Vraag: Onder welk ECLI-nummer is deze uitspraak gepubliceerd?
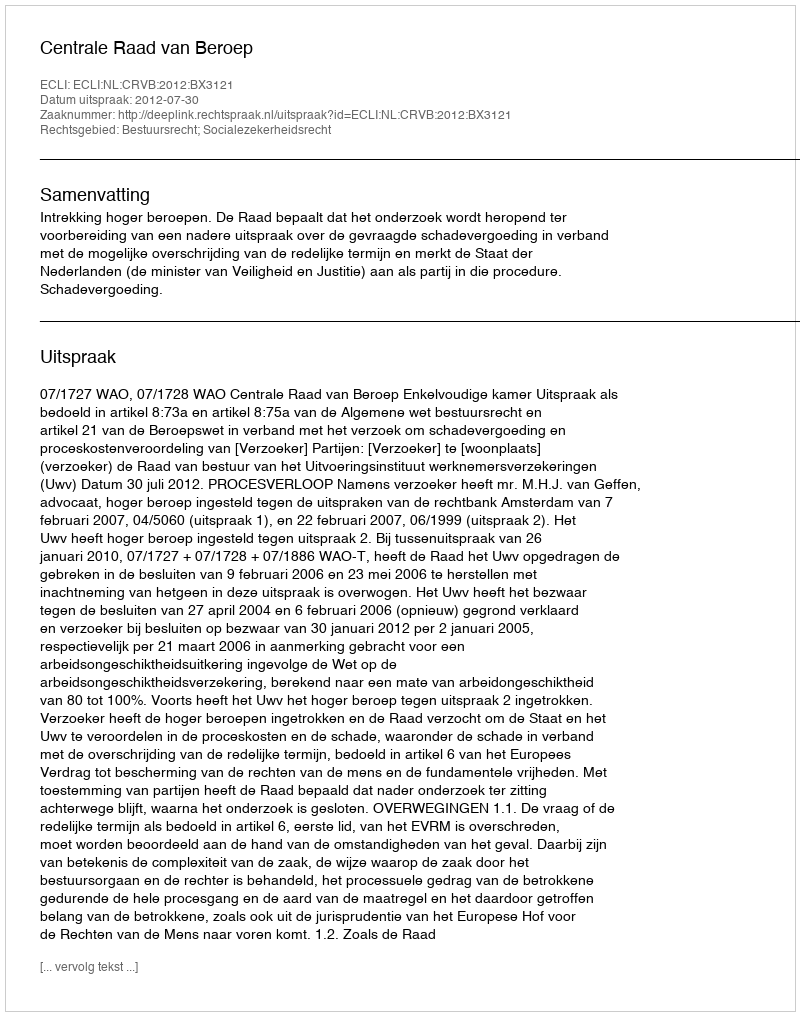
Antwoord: ECLI:NL:CRVB:2012:BX3121